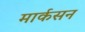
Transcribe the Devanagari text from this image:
मार्कसन